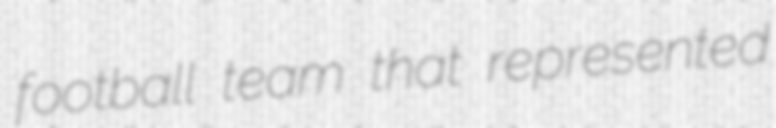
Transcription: football team that represented